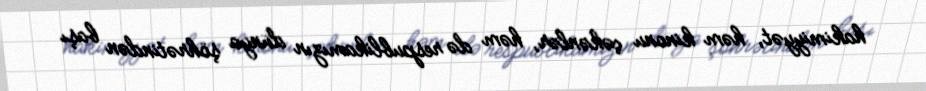
hakimiyyət, həm kinonu çəkənlər, həm də respublikamızın dünya şöhrətindən başı